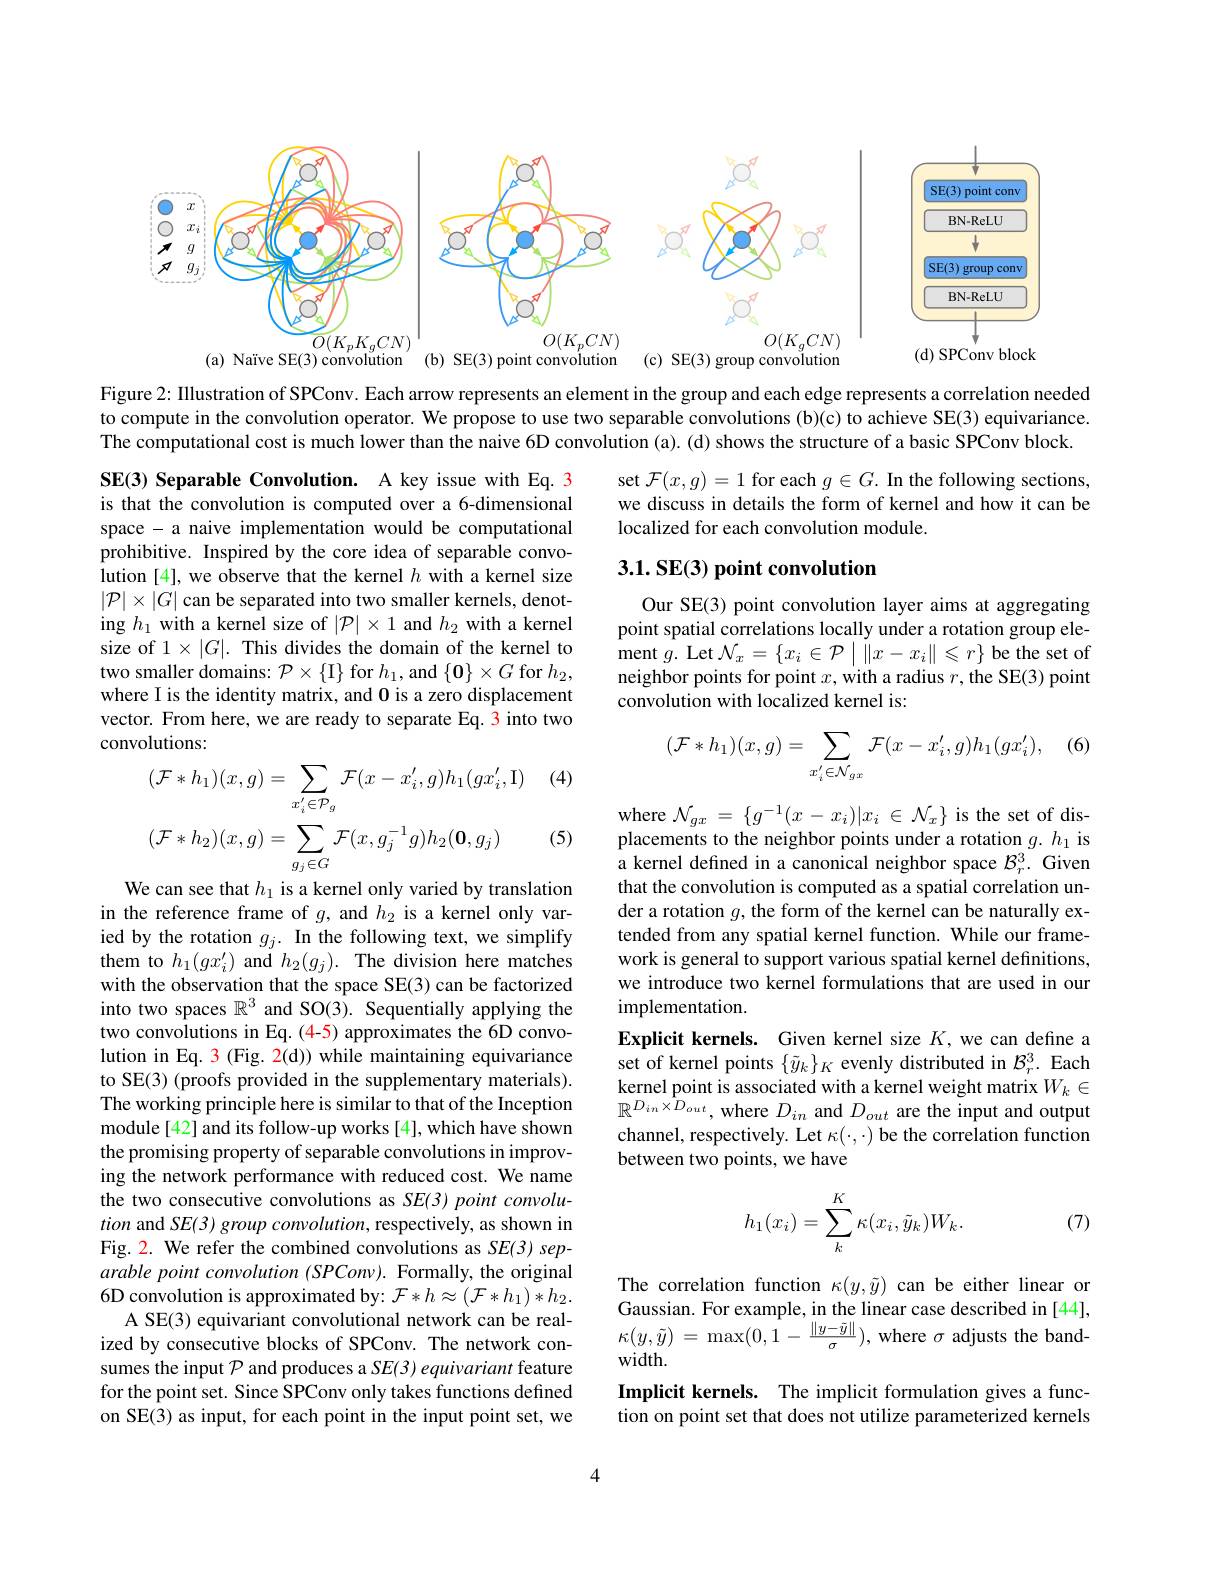
<FigureHere>

Figure 2: Illustration of SPConv. Each arrow represents an element in the group and each edge represents a correlation needed to compute in the convolution operator. We propose to use two separable convolutions (b)(c) to achieve SE(3) equivariance. The computational cost is much lower than the naive 6D convolution (a). (d) shows the structure of a basic SPConv block.

set $\mathcal{F}(x,g)=1$ for each $g\in G.$ In the following sections, we discuss in details the form of kernel and how it can be localized for each convolution module.

## $3. 1. \textbf{SE( 3) point convolution}$

SE(3) Separable Convolution. A key issue with Eq. 3 is that the convolution is computed over a 6-dimensional space - a naive implementation would be computational prohibitive. Inspired by the core idea of separable convolution [4], we observe that the kernel $h$ with a kernel size $|\mathcal{P}|\times|G|$ can be separated into two smaller kernels, denoting $h_1$ with a kernel size of $|\mathcal{P}|\times1$ and $h_2$ with a kernel size of $1\times|G|.$ This divides the domain of the kernel to two smaller domains: $\mathcal{P}\times\{$I$\}$ for $h_1$, and $\{\mathbf{0}\}\times G$ for $h_2$, where I is the identity matrix, and 0 is a zero displacement vector. From here, we are ready to separate Eq. 3 into two convolutions:

Our SE(3) point convolution layer aims at aggregating point spatial correlations locally under a rotation group element $g.$ Let $\mathcal{N}_x=\{x_i\in\mathcal{P}\mid\|x-x_i\|\leqslant r\}$ be the set of neighbor points for point $x$, with a radius $r$, the SE(3) point convolution with localized kernel is:

(6)
$$(\mathcal{F}*h_1)(x,g)=\sum_{x_i'\in\mathcal{N}_{gx}}\mathcal{F}(x-x_i',g)h_1(gx_i'),$$
(4)
$$\begin{aligned}&(\mathcal{F}*h_{1})(x,g)=\sum_{x_{i}^{\prime}\in\mathcal{P}_{g}}\mathcal{F}(x-x_{i}^{\prime},g)h_{1}(gx_{i}^{\prime},\mathrm{I})\\&(\mathcal{F}*h_{2})(x,g)=\sum_{g_{j}\in G}\mathcal{F}(x,g_{j}^{-1}g)h_{2}(\mathbf{0},g_{j})\\\end{aligned}$$
(5)

where $\mathcal{N} _gx = \{ g^{- 1}( x$ - $x_{i}) | x_{i} \in \mathcal{N} _{x}\} $is the set of displacements to the neighbor points under a rotation $g.h_1$ is a kernel defined in a canonical neighbor space $\mathcal{B}_r^3.$ Given that the convolution is computed as a spatial correlation under a rotation $g$, the form of the kernel can be naturally extended from any spatial kernel function. While our framework is general to support various spatial kernel definitions, we introduce two kernel formulations that are used in our implementation.
Explicit kernels. Given kernel size $K$,we can define a set of kernel points $\{\tilde{y}_k\}_K$ evenly distributed in $\mathcal{B}_r^3.$ Each kernel point is associated with a kernel weight matrix $W_k\in$ $\mathbb{R}^{D_{in}\times\hat{D}_{out}}$, where $D_in$ and $D_out$ are the input and output channel, respectively. Let $\kappa(\cdot,\cdot)$ be the correlation function between two points, we have

We can see that $h_1$ is a kernel only varied by translation in the reference frame of $g$, and $h_{2}$ is a kernel only varied by the rotation $g_j. \textbf{In the following text, we simplify}$ them to $h_{1}(gx_{i}^{\prime})$ and $h_2(g_{j}).$ The division here matches with the observation that the space SE(3) can be factorized into two spaces $\mathbb{R}^3$ and SO(3). Sequentially applying the two convolutions in Eq. (4-5) approximates the 6D convolution in Eq. 3 (Fig. 2(d)) while maintaining equivariance to SE(3) (proofs provided in the supplementary materials). The working principle here is similar to that of the Inception module[42] and its follow-up works [4], which have shown the promising property of separable convolutions in improving the network performance with reduced cost. We name the two consecutive convolutions as SE(3) point convolution and SE(3) group convolution, respectively, as shown in Fig. 2. We refer the combined convolutions as SE(3) separable point convolution (SPConv). Formally, the original 6D convolution is approximated by: $\mathcal{F}*h\approx(\mathcal{F}*h_1)*h_2.$
A SE(3) equivariant convolutional network can be realized by consecutive blocks of SPConv. The network consumes the input $\mathcal{P}$ and produces a SE(3) equivariant feature for the point set. Since SPConv only takes functions defined on SE(3) as input, for each point in the input point set, we
$$h_1(x_i)=\sum_k^K\kappa(x_i,\tilde{y}_k)W_k.$$
(7)

The correlation function $\kappa(y,\tilde{y})$ can be either linear or Gaussian. For example, in the linear case described in [44], $\kappa ( y, \tilde{y} )$ = $\max ( 0, 1- \frac {\| y- \tilde{y} \| }\sigma ) $,where $\sigma$ adjusts the bandwidth.
Implicit kernels. The implicit formulation gives a function on point set that does not utilize parameterized kernels

4